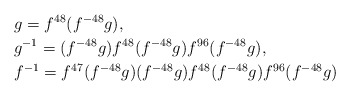
\begin{align*}&g=f^{48}(f^{-48}g),\\ &g^{-1}=(f^{-48}g)f^{48}(f^{-48}g)f^{96}(f^{-48}g),\\&f^{-1}=f^{47}(f^{-48}g)(f^{-48}g)f^{48}(f^{-48}g)f^{96}(f^{-48}g)\end{align*}